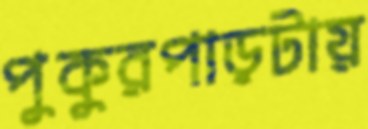
পুকুরপাড়টায়